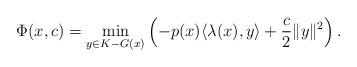
LaTeX: \begin{align*} \Phi(x, c) = \min_{y \in K - G(x)} \left( - p(x) \langle \lambda(x), y \rangle + \frac{c}{2} \| y \|^2 \right).\end{align*}